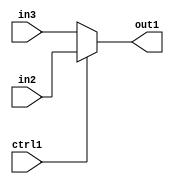
`timescale 1ps / 1ps
/*****************************************************************************
    Verilog RTL Description
    
    
    Created by: Stratus DpOpt 2019.1.01 
*******************************************************************************/

module feature_write_addr_gen_N_Mux_3_2_12_4_0 (
	in3,
	in2,
	ctrl1,
	out1
	); /* architecture "behavioural" */ 
input [2:0] in3,
	in2;
input  ctrl1;
output [2:0] out1;
wire [2:0] asc001;

reg [2:0] asc001_tmp_0;
assign asc001 = asc001_tmp_0;
always @ (ctrl1 or in2 or in3) begin
	case (ctrl1)
		1'B1 : asc001_tmp_0 = in2 ;
		default : asc001_tmp_0 = in3 ;
	endcase
end

assign out1 = asc001;
endmodule

/* CADENCE  uLjxTgo= : u9/ySgnWtBlWxVPRXgAZ4Og= ** DO NOT EDIT THIS LINE ******/